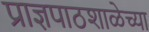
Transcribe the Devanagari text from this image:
प्राज्ञपाठशाळेच्या